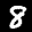
Label: 8